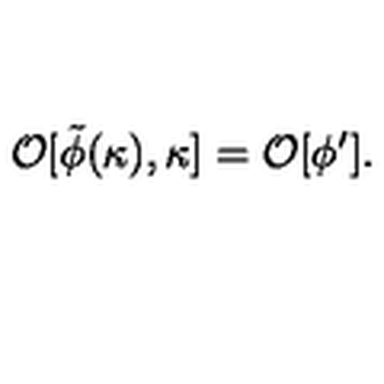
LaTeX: { \cal O } [ \tilde { \phi } ( \kappa ) , \kappa ] = { \cal O } [ \phi ^ { \prime } ] .